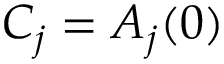
C _ { j } = A _ { j } ( 0 )